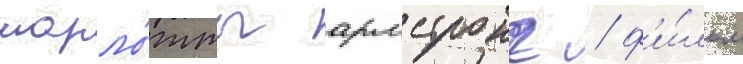
шарло́тты армстронг / ф'и́льм